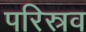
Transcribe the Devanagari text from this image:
परिस्रव